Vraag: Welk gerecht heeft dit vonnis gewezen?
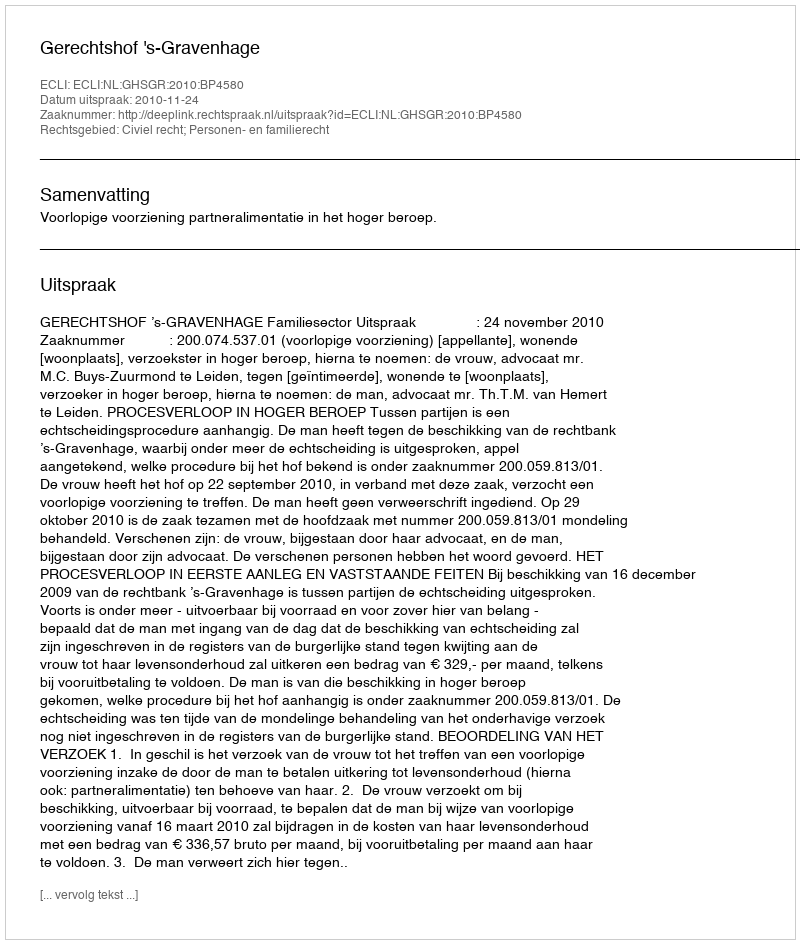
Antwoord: Gerechtshof 's-Gravenhage